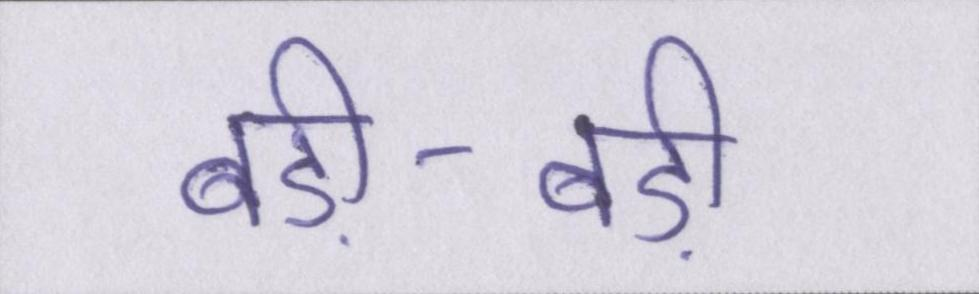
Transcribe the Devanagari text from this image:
बड़ी-बड़ी